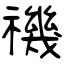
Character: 禨